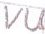
Text: VU